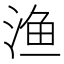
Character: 渔